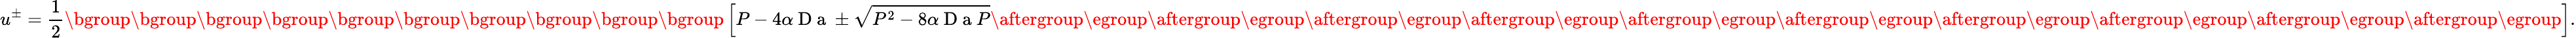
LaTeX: u^{\pm}=\frac{1}{2}\mathopen{}\mathclose\bgroup\mathopen{}\mathclose\bgroup\mathopen{}\mathclose\bgroup\mathopen{}\mathclose\bgroup\mathopen{}\mathclose\bgroup\mathopen{}\mathclose\bgroup\mathopen{}\mathclose\bgroup\mathopen{}\mathclose\bgroup\mathopen{}\mathclose\bgroup\mathopen{}\mathclose\bgroup\left[P-4\alpha\mathrm{~D~a~}\pm\sqrt{P^{2}-8\alpha\mathrm{~D~a~}P}\aftergroup\egroup\aftergroup\egroup\aftergroup\egroup\aftergroup\egroup\aftergroup\egroup\aftergroup\egroup\aftergroup\egroup\aftergroup\egroup\aftergroup\egroup\aftergroup\egroup\right].